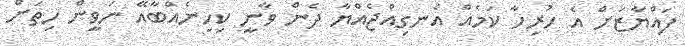
ފައްޔާޒަށް އެ ހުރިހާ ކަމެއް އެނގިއްޖެއްޔާ ދެން ވާނީ ކިހިނެއްބާއޭ ނަވީން ހިތަށް